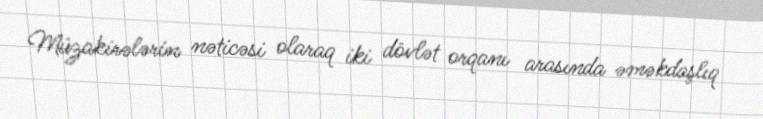
Müzakirələrin nəticəsi olaraq iki dövlət orqanı arasında əməkdaşlıq